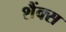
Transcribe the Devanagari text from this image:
शैंक्स